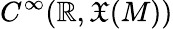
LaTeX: C^{\infty}(\mathbb{R},{\mathfrak{X}}(M))